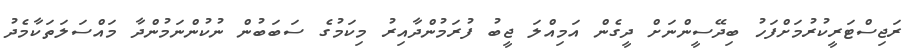
ރަޖިސްޓަރީކުރުމަށްފަހު ބިދޭސީންނަށް ދީގެން އަމިއްލަ ޖީބު ފުރަމުންދާއިރު މިކަމުގެ ސަބަބުން ނުކުންނަމުންދާ މައްސަލަތަކާމެދު